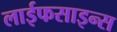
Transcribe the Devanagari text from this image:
लाईफसाइन्स